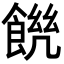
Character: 𩜆